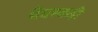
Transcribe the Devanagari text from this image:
भँवरकड़ी